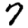
Digit: 7